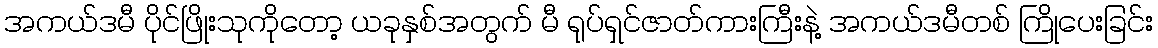
အကယ်ဒမီ ပိုင်ဖြိုးသုကိုတော့ ယခုနှစ်အတွက် မီ ရုပ်ရှင်ဇာတ်ကားကြီးနဲ့ အကယ်ဒမီတစ် ကြိုပေးခြင်း